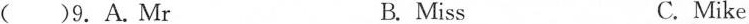
( )9.A.Mr B. Miss C. Mike